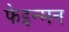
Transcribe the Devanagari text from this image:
फेइन्मन